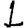
Digit: 1